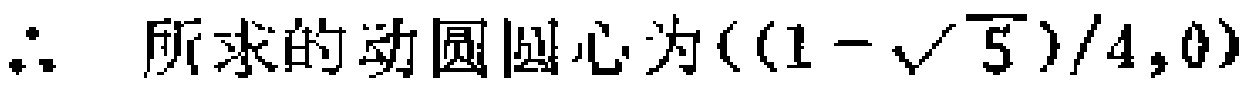
\(\therefore\) 所求的动圆圆心为\(((1 - \sqrt{5})/4,0)\)